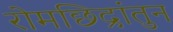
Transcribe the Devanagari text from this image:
रोमछिद्रांतुन